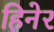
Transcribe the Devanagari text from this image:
हिनेर